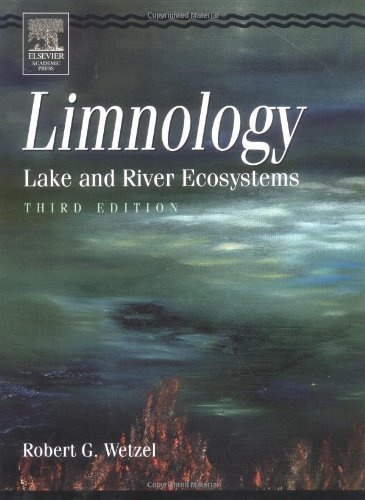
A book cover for Limnology: Lake and River Ecosystems: 3rd (Third) edition; Robert G. Wetzel; Science & Math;